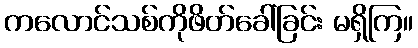
ကလောင်သစ်ကိုဖိတ်ခေါ်ခြင်း မရှိကြ။